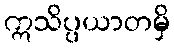
ဣသိပ္ပယာတမှိ